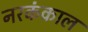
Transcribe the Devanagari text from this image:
नरकंकाल